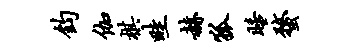
钧伽棋畦赫狐睡蝥